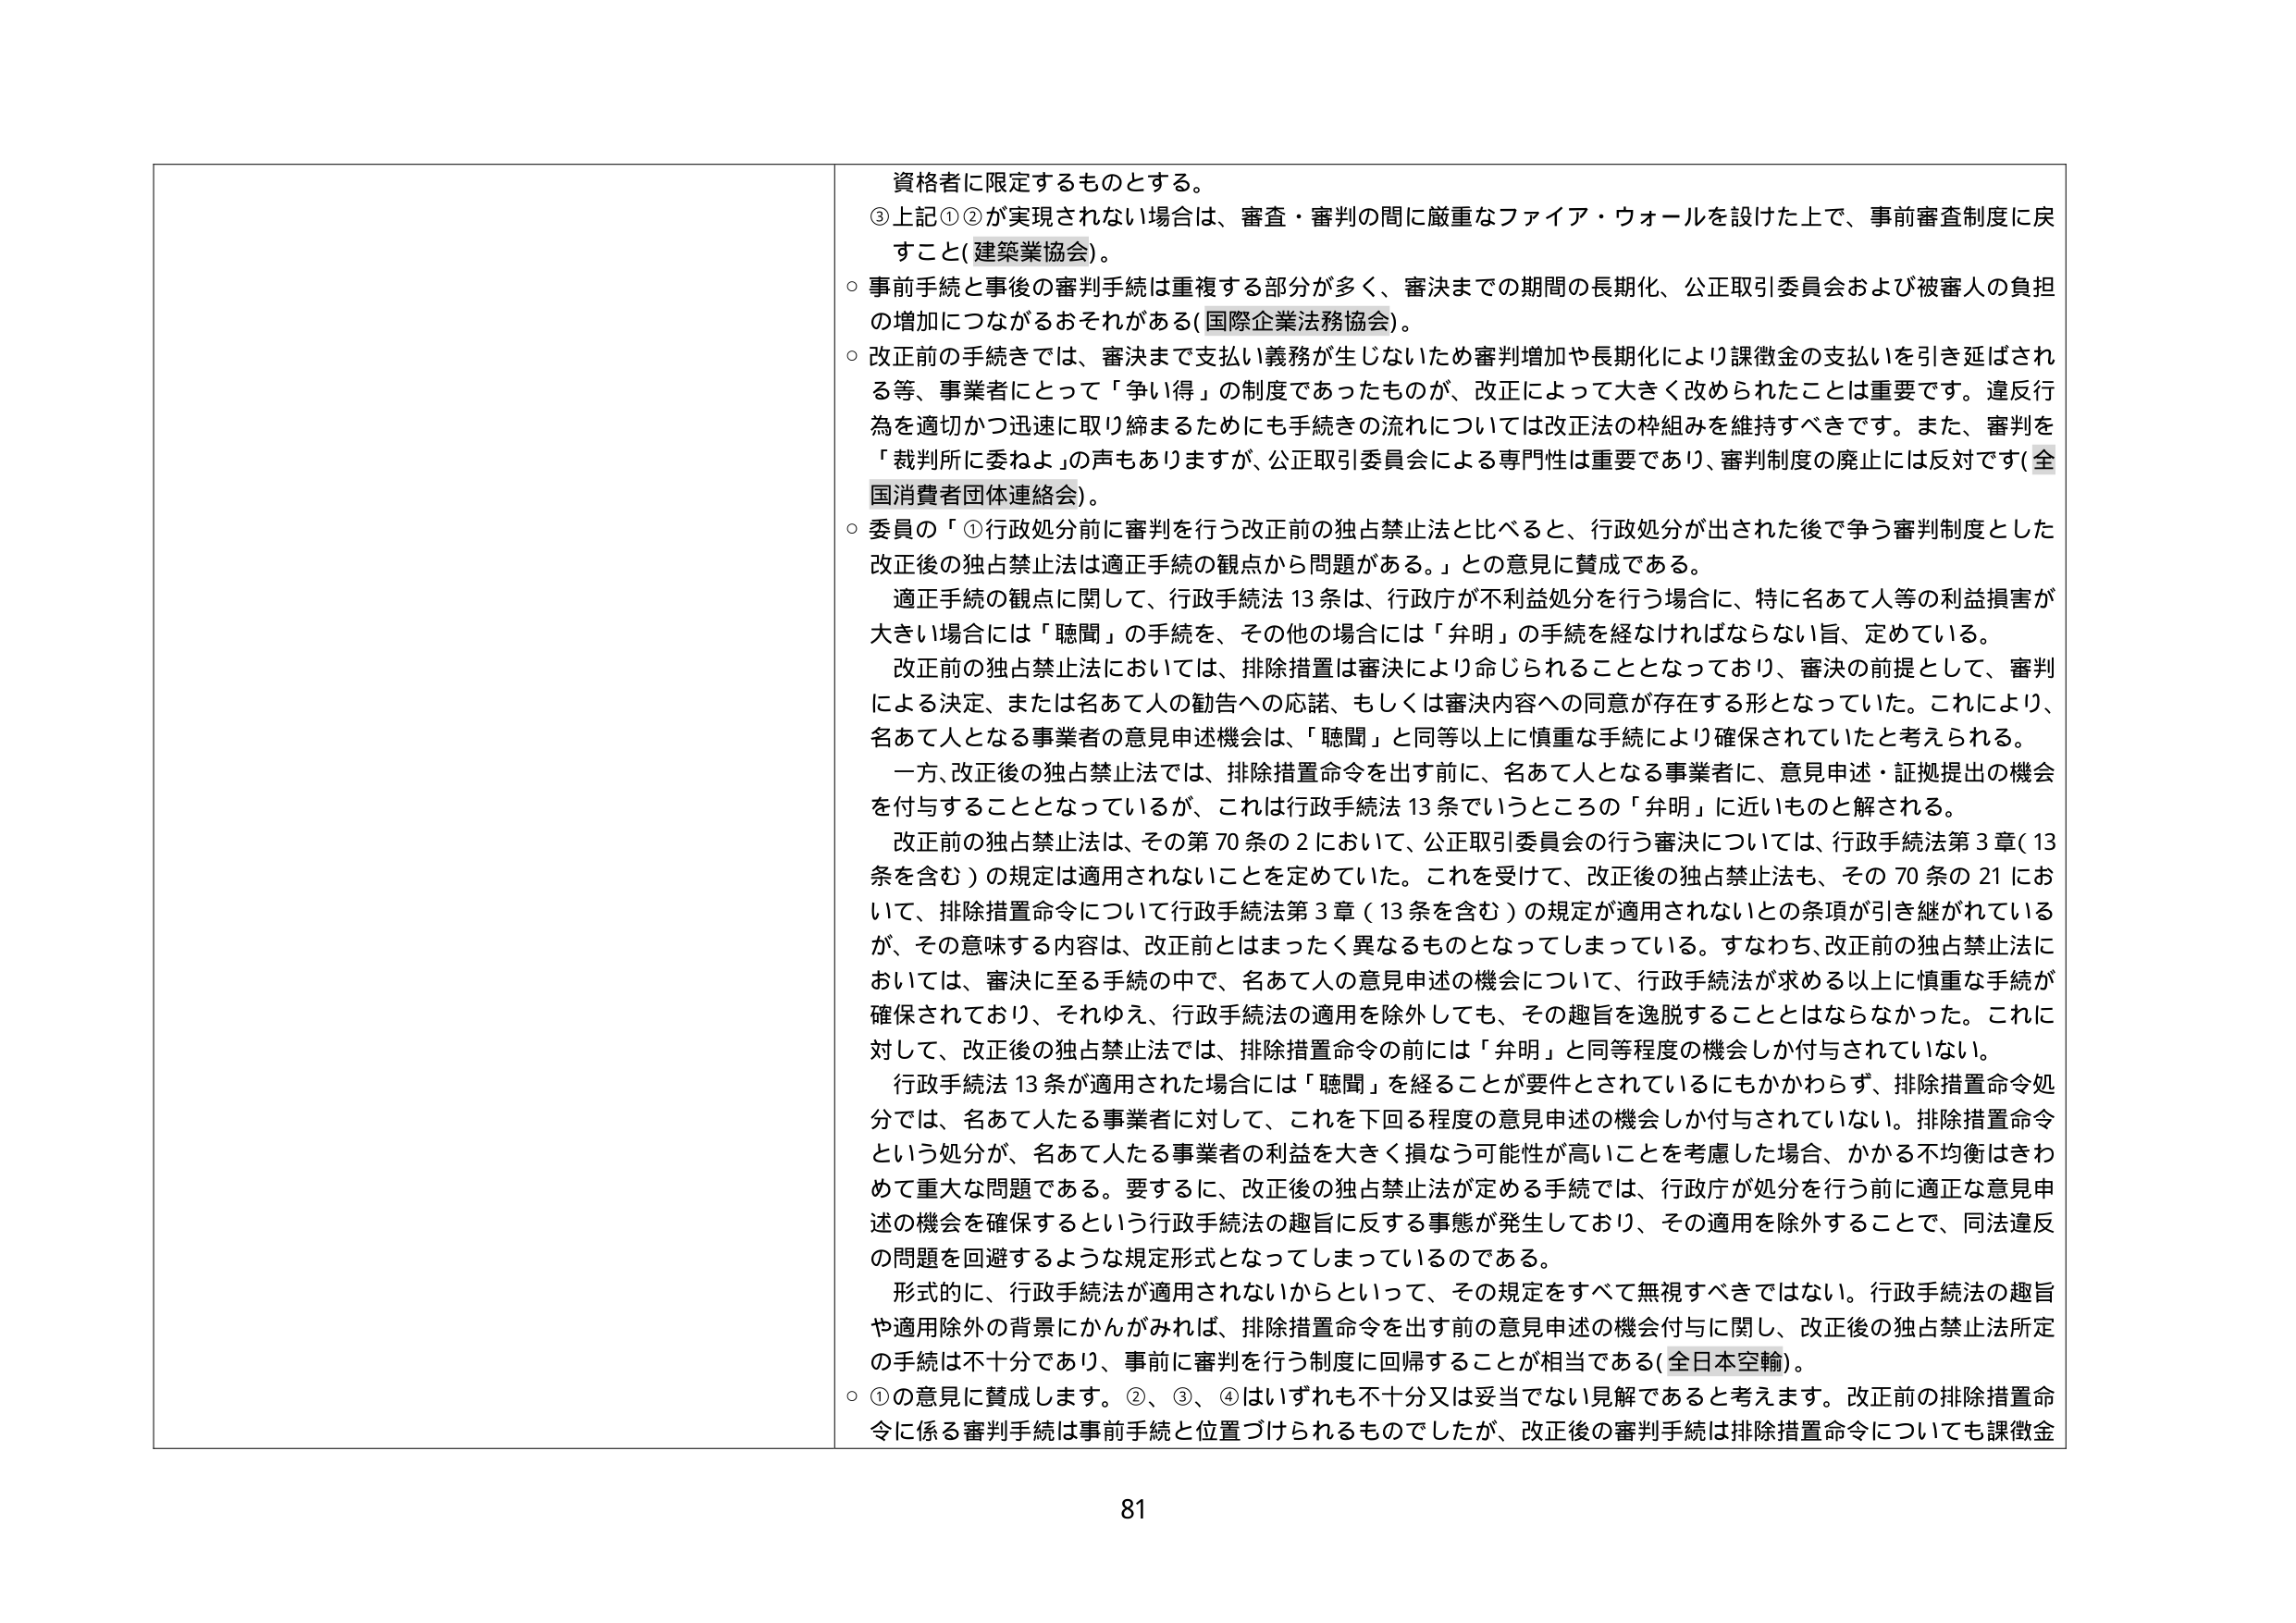
資格者に限定するものとする。
③上記①②が実現されない場合は、審査・審判の間に厳重なファイア・ウォールを設けた上で、事前審査制度に戻すこと（建築業協会）。
○ 事前手続と事後の審判手続は重複する部分が多く、審決までの期間の長期化、公正取引委員会および被審人の負担の増加につながるおそれがある（国際企業法務協会）。
○ 改正前の手続きでは、審決まで支払い義務が生じないため審判増加や長期化により課徴金の支払いを引き延ばされる等、事業者にとって「争い得」の制度であったものが、改正によって大きく改められたことは重要です。違反行為を適切かつ迅速に取り締まるためにも手続きの流れについては改正法の枠組みを維持すべきです。また、審判を「裁判所に委ねよ」の声もありますが、公正取引委員会による専門性は重要であり、審判制度の廃止には反対です（全国消費者団体連絡会）。
○ 委員の「①行政処分前に審判を行う改正前の独占禁止法と比べると、行政処分が出された後で争う審判制度とした改正後の独占禁止法は適正手続の観点から問題がある。」との意見に賛成である。
　適正手続の観点に関して、行政手続法13条は、行政庁が不利益処分を行う場合に、特に名あて人等の利益損害が大きい場合には「聴聞」の手続を、その他の場合には「弁明」の手続を経なければならない旨、定めている。
　改正前の独占禁止法においては、排除措置は審決により命じられることとなっており、審決の前提として、審判による決定、または名あて人の勧告への応諾、もしくは審決内容への同意が存在する形となっていた。これにより、名あて人となる事業者の意見申述機会は、「聴聞」と同等以上に慎重な手続により確保されていたと考えられる。
　一方、改正後の独占禁止法では、排除措置命令を出す前に、名あて人となる事業者に、意見申述・証拠提出の機会を付与することとなっているが、これは行政手続法13条でいうところの「弁明」に近いものと解される。
　改正前の独占禁止法は、その第70条の2において、公正取引委員会の行う審決については、行政手続法第3章（13条を含む）の規定は適用されないことを定めていた。これを受けて、改正後の独占禁止法も、その70条の21において、排除措置命令について行政手続法第3章（13条を含む）の規定が適用されないとの条項が引き継がれているが、その意味する内容は、改正前とはまったく異なるものとなってしまっている。すなわち、改正前の独占禁止法においては、審決に至る手続の中で、名あて人の意見申述の機会について、行政手続法が求める以上に慎重な手続が確保されており、それゆえ、行政手続法の適用を除外しても、その趣旨を逸脱することとはならなかった。これに対して、改正後の独占禁止法では、排除措置命令の前には「弁明」と同等程度の機会しか付与されていない。
　行政手続法13条が適用された場合には「聴聞」を経ることが要件とされているにもかかわらず、排除措置命令処分では、名あて人たる事業者に対して、これを下回る程度の意見申述の機会しか付与されていない。排除措置命令という処分が、名あて人たる事業者の利益を大きく損なう可能性が高いことを考慮した場合、かかる不均衡はきわめて重大な問題である。要するに、改正後の独占禁止法が定める手続では、行政庁が処分を行う前に適正な意見申述の機会を確保するという行政手続法の趣旨に反する事態が発生しており、その適用を除外することで、同法違反の問題を回避するような規定形式となってしまっているのである。
　形式的に、行政手続法が適用されないからといって、その規定をすべて無視すべきではない。行政手続法の趣旨や適用除外の背景にかんがみれば、排除措置命令を出す前の意見申述の機会付与に関し、改正後の独占禁止法所定の手続は不十分であり、事前に審判を行う制度に回帰することが相当である（全日本空輸）。
○ ①の意見に賛成します。②、③、④はいずれも不十分又は妥当でない見解であると考えます。改正前の排除措置命令に係る審判手続は事前手続と位置づけられるものでしたが、改正後の審判手続は排除措置命令についても課徴金

81